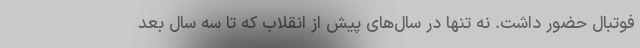
فوتبال حضور داشت. نه تنها در سال‌های پیش از انقلاب که تا سه سال بعد